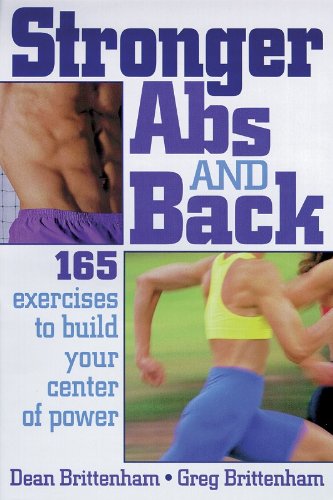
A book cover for Stronger Abs and Back; Dean Brittenham; Health, Fitness & Dieting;